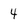
Character: 4